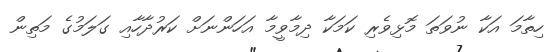
ހިތާމަ އަކާ ނުވަތަ މޮޅިވެރި ކަމަކާ ދިމާވީމާ އަހަންނަށް ކަރުދާހާއި ގަލަމުގެ މަތިން